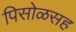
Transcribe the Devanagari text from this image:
पिसोळसह